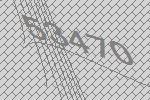
53470